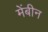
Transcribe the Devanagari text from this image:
मेंबीन